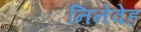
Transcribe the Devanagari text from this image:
निनेवेह